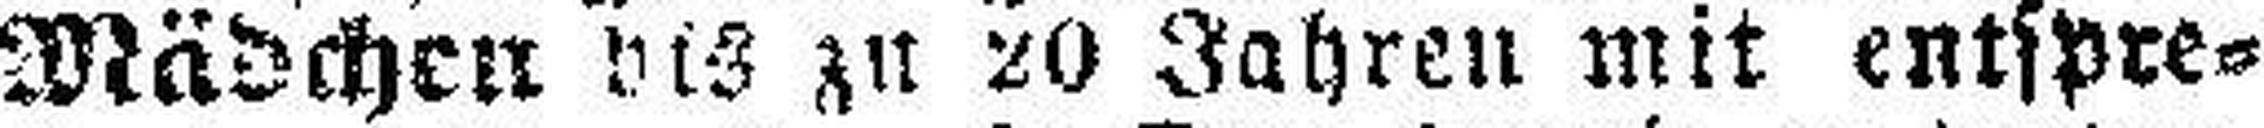
Mädchen bis zu 20 Jahren mit entspre¬